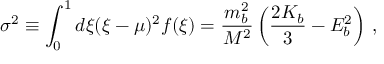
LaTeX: \sigma ^ { 2 } \equiv \int _ { 0 } ^ { 1 } d \xi ( \xi - \mu ) ^ { 2 } f ( \xi ) = \frac { m _ { b } ^ { 2 } } { M ^ { 2 } } \left( \frac { 2 K _ { b } } { 3 } - E _ { b } ^ { 2 } \right) \, ,